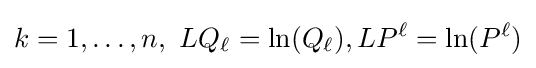
k=1,\dotsc ,n,\,\,LQ_{\ell }=\ln(Q_{\ell }),LP^{\ell }=\ln(P^{\ell })